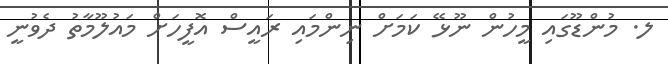
ލ. މުންޑޫގައި މީހުން ނޫޅޭ ކަމަށް ނިންމައި ރައީސް އޮފީހަށް މައުލޫމާތު ދެވުނީ